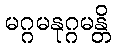
မဂ္ဂမနုဂ္ဂမန္တိ